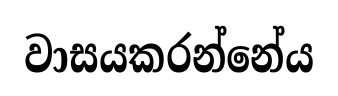
වාසයකරන්නේය